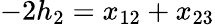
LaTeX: -2h_{2}=x_{12}+x_{23}